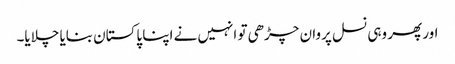
اور پھر وہی نسل پروان چڑھی تو انہیں نے اپنا پاکستان بنایا چلایا۔